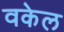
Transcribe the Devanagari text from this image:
वकेल